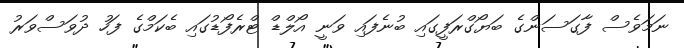
ނަމަވެސް ފާގަސަންގެ ބަޔޯގްރަފީގައި ބުނެފައި ވަނީ އޯލްޑް ޓްރެފޯޑުގައި ބެކަމްގެ ފަހު ދުވަސްވަރު